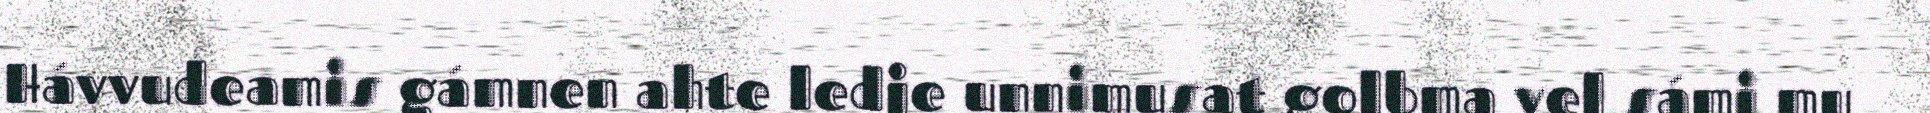
Hávvudeamis gámnen ahte ledje unnimusat golbma vel sámi mu